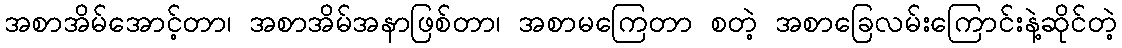
အစာအိမ်အောင့်တာ၊ အစာအိမ်အနာဖြစ်တာ၊ အစာမကြေတာ စတဲ့ အစာခြေလမ်းကြောင်းနဲ့ဆိုင်တဲ့